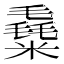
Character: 𥼛